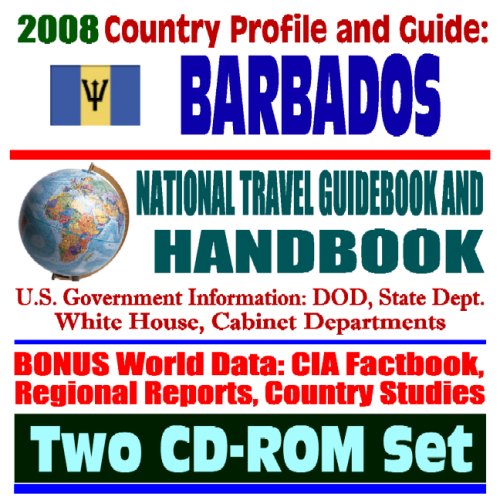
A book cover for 2008 Country Profile and Guide to Barbados - National Travel Guidebook and Handbook, CBPTA, Caribbean Basin Initiative, USAID, Giant African Snail (Two CD-ROM Set); U.S. Government; Travel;